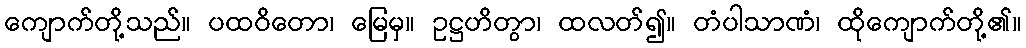
ကျောက်တို့သည်။ ပထဝိတော၊ မြေမှ။ ဥဋ္ဌဟိတွာ၊ ထလတ်၍။ တံပါသာဏံ၊ ထိုကျောက်တို့၏။